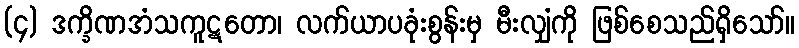
(၄) ဒက္ခိဏအံသကူဋတော၊ လက်ယာပခုံးစွန်းမှ မီးလျှံကို ဖြစ်စေသည်ရှိသော်။